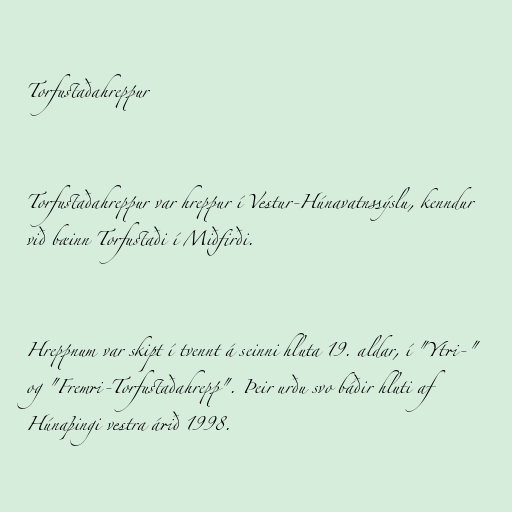
Torfustaðahreppur

Torfustaðahreppur var hreppur í Vestur-Húnavatnssýslu, kenndur
við bæinn Torfustaði í Miðfirði.

Hreppnum var skipt í tvennt á seinni hluta 19. aldar, í "Ytri-"
og "Fremri-Torfustaðahrepp". Þeir urðu svo báðir hluti af
Húnaþingi vestra árið 1998.